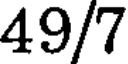
49/7